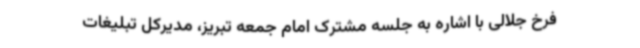
فرخ جلالی با اشاره به جلسه مشترک امام جمعه تبریز، مدیرکل تبلیغات